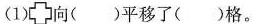
(1) 向()平移了()格。